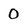
Character: 0